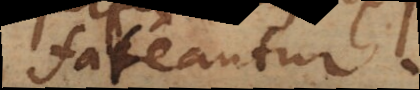
fateantur.